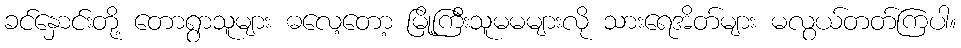
ခင်နှောင်းတို့ တောရွာသူများ ဓလေ့တော့ မြို့ကြီးသူမမများလို သားရေအိတ်များ မလွယ်တတ်ကြပါ။